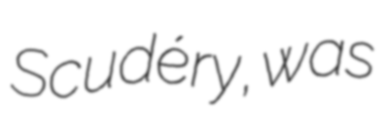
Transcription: Scudéry, was